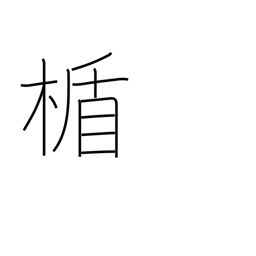
Meaning: shield